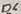
Text: D6